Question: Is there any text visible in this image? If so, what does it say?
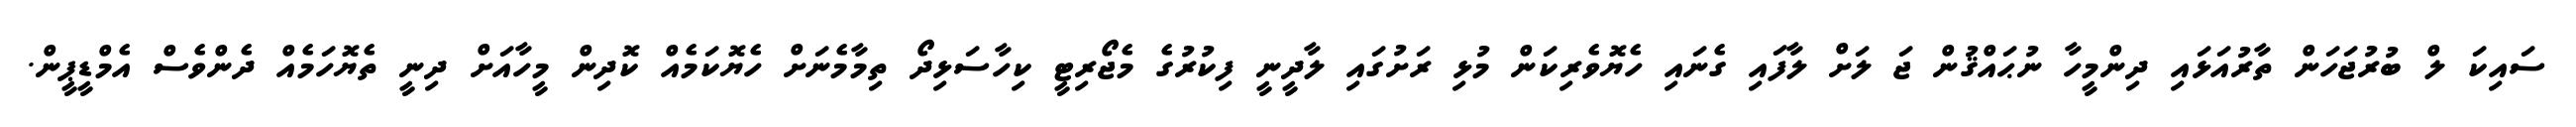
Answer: ސައިކަ ލް ބުރުޖަހަން ތާރުއަޅައި ދިންމީހާ ނުޙައްޤުން ޖަ ލަށް ލާފައި ގެނައި ހެޔޮވެރިކަން މުޅި ރަށުގައި ލާދީނީ ފިކުރުގެ މެޖޯރިޓީ ކިހާސަޅިދޯ ތިމާމެނަށް ހެޔޮކަމެއް ކޮދިން މީހާއަށް ދިނީ ތެޔޮހަމެއް ދެންވެސް އެމްޑީޕީން.